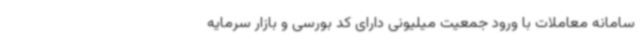
سامانه معاملات با ورود جمعیت میلیونی دارای کد بورسی و بازار سرمایه